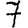
Digit: 7